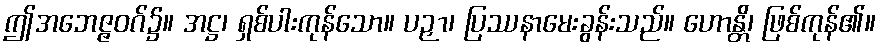
ဤအဘေဇ္ဇဝဂ်၌။ အဋ္ဌ၊ ရှစ်ပါးကုန်သော။ ပဉှာ၊ ပြဿနာမေးခွန်းသည်။ ဟောန္တိ၊ ဖြစ်ကုန်၏။